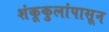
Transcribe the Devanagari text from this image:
शंकूकुलांपासून